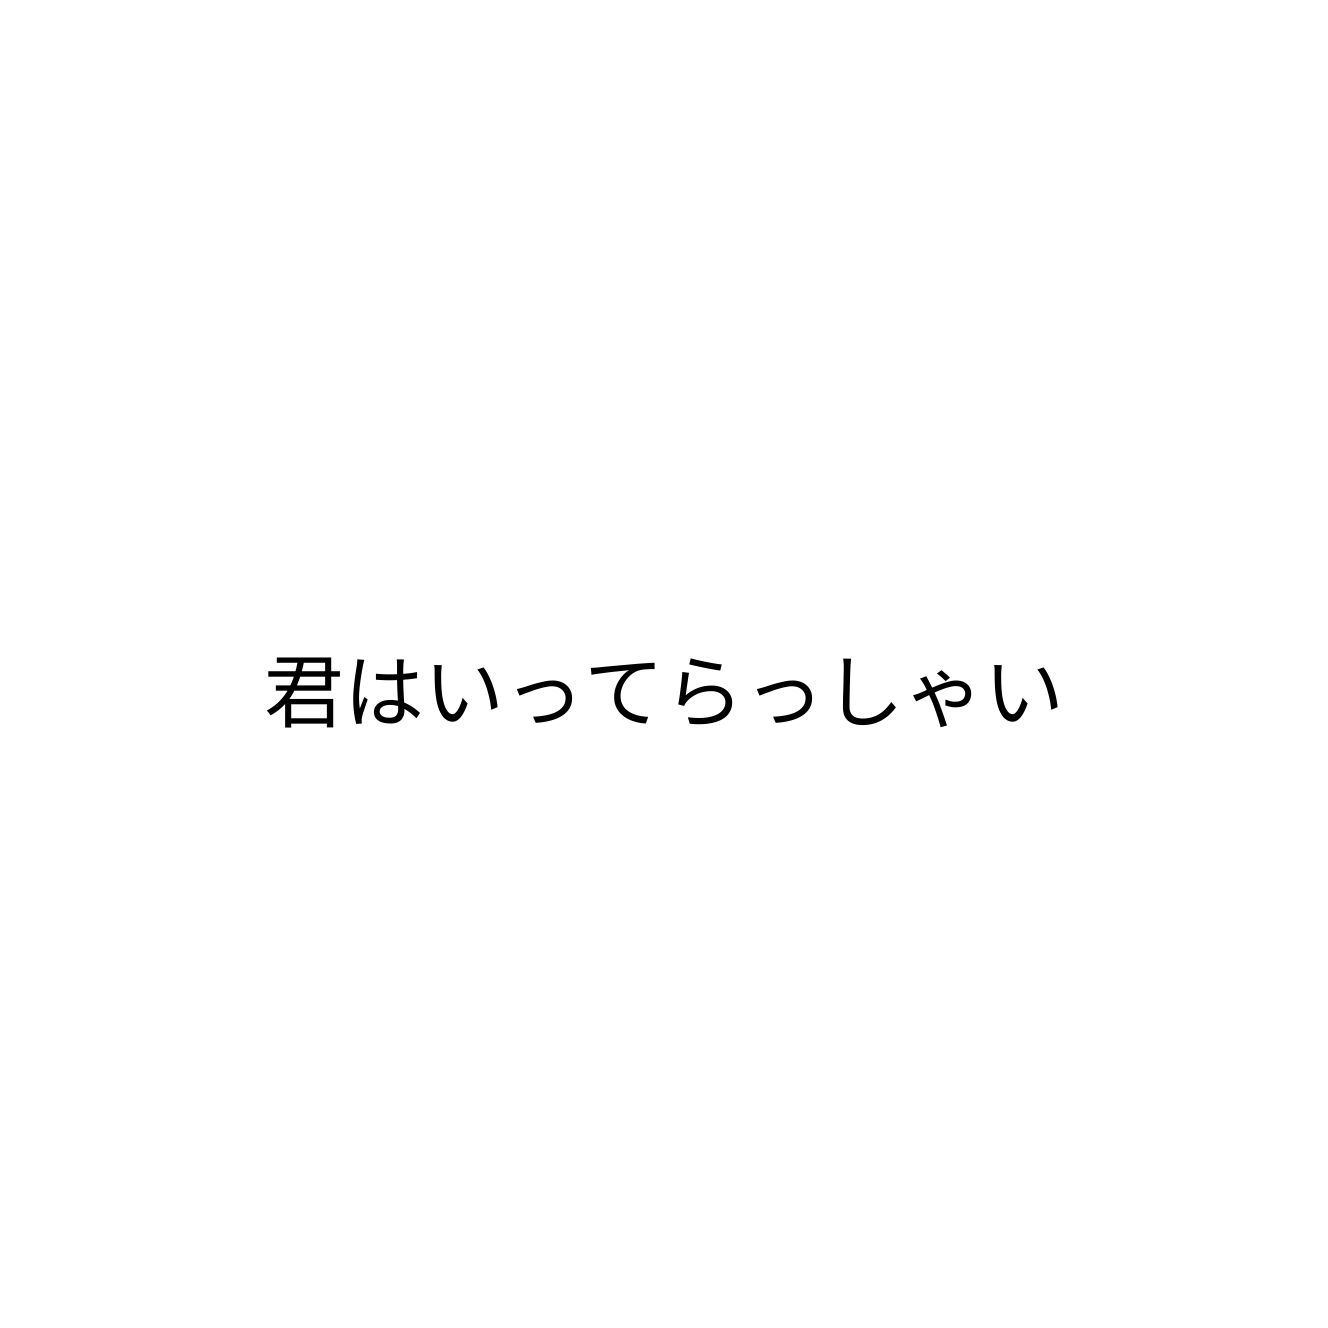
君はいってらっしゃい